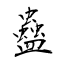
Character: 蠱